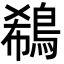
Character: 鵗